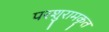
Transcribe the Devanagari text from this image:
परशुरामकृत